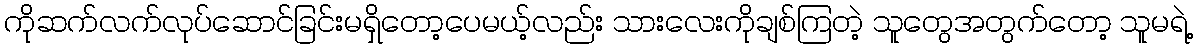
ကိုဆက်လက်လုပ်ဆောင်ခြင်းမရှိတော့ပေမယ့်လည်း သားလေးကိုချစ်ကြတဲ့ သူတွေအတွက်တော့ သူမရဲ့